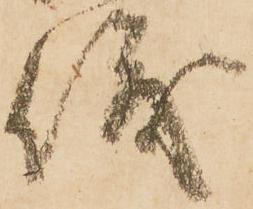
儀